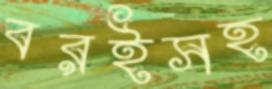
বরইসহ